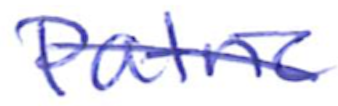
Text: Patric
Cross-out: mix
Writing tool: ballpoint